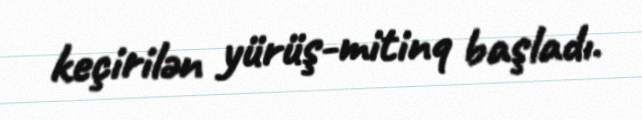
keçirilən yürüş-mitinq başladı.